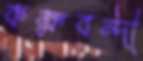
কক্ষবন্দী